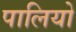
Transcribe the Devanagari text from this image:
पालियो